Report of the Indian Hemp Drugs Commission, 1894-1895 - Volume II
Year: 1894
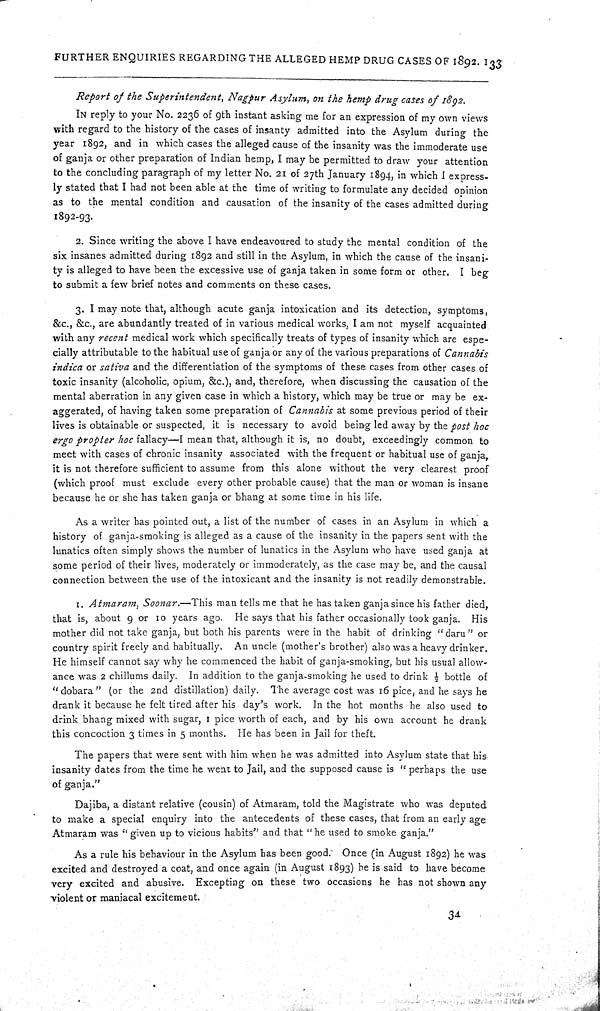
FURTHER ENQUIRIES REGARDING THE ALLEGED HEMP DRUG CASES OF 1892. 133
Report of the Superintendent, Nagpur Asylum, on the hemp drug cases of 1892.
IN reply to your No. 2236 of 9th instant asking me for an expression of my own views
with regard to the history of the cases of insanty admitted into the Asylum during the
year 1892, and in which cases the alleged cause of the insanity was the immoderate use
of ganja or other preparation of Indian hemp, I may be permitted to draw your attention
to the concluding paragraph of my letter No. 21 of 27th January 1894, in which I express-
ly stated that I had not been able at the time of writing to formulate any decided opinion
as to the mental condition and causation of the insanity of the cases admitted during
1892-93.
2. Since writing the above I have endeavoured to study the mental condition of the
six insanes admitted during 1892 and still in the Asylum, in which the cause of the insani-
ty is alleged to have been the excessive use of ganja taken in some form or other. I beg
to submit a few brief notes and comments on these cases.
3. I may note that, although acute ganja intoxication and its detection, symptoms,
&c., &c., are abundantly treated of in various medical works, I am not myself acquainted
with any recent medical work which specifically treats of types of insanity which are espe-
cially attributable to the habitual use of ganja or any of the various preparations of Cannabis
indica or sativa and the differentiation of the symptoms of these cases from other cases of
toxic insanity (alcoholic, opium, &c.), and, therefore, when discussing the causation of the
mental aberration in any given case in which a history, which may be true or may be ex-
aggerated, of having taken some preparation of Cannabis at some previous period of their
lives is obtainable or suspected, it is necessary to avoid being led away by the post hoc
ergo propter hoc fallacy—I mean that, although it is, no doubt, exceedingly common to
meet with cases of chronic insanity associated with the frequent or habitual use of ganja,
it is not therefore sufficient to assume from this alone without the very clearest proof
(which proof must exclude every other probable cause) that the man or woman is insane
because he or she has taken ganja or bhang at some time in his life.
As a writer has pointed out, a list of the number of cases in an Asylum in which a
history of ganja-smoking is alleged as a cause of the insanity in the papers sent with the
lunatics often simply shows the number of lunatics in the Asylum who have used ganja at
some period of their lives, moderately or immoderately, as the case may be, and the causal
connection between the use of the intoxicant and the insanity is not readily demonstrable.
1. Atmaram, Soonar.—This man tells me that he has taken ganja since his father died,
that is, about 9 or 10 years ago. He says that his father occasionally took ganja. His
mother did not take ganja, but both his parents were in the habit of drinking "daru" or
country spirit freely and habitually. An uncle (mother's brother) also was a heavy drinker.
He himself cannot say why he commenced the habit of ganja-smoking, but his usual allow-
ance was 2 chillums daily. In addition to the ganja-smoking he used to drink ½ bottle of
"dobara" (or the 2nd distillation) daily. The average cost was 16 pice, and he says he
drank it because he felt tired after his day's work. In the hot months he also used to
drink bhang mixed with sugar, 1 pice worth of each, and by his own account he drank
this concoction 3 times in 5 months. He has been in Jail for theft.
The papers that were sent with him when he was admitted into Asylum state that his
insanity dates from the time he went to Jail, and the supposed cause is "perhaps the use
of ganja."
Dajiba, a distant relative (cousin) of Atmaram, told the Magistrate who was deputed
to make a special enquiry into the antecedents of these cases, that from an early age
Atmaram was "given up to vicious habits" and that "he used to smoke ganja."
As a rule his behaviour in the Asylum has been good. Once (in August 1892) he was
excited and destroyed a coat, and once again (in August 1893) he is said to have become
very excited and abusive. Excepting on these two occasions he has not shown any
violent or maniacal excitement.
34